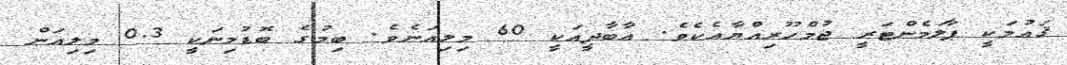
ޤައުމަކީ ޕާލަމެންޓަރީ ޖުމްހޫރިއްޔާއެކެވެ. އާބާދީއަކީ 60 މިލިއަނެވެ. ބިމުގެ ބޮޑުމިނަކީ 0.3 މިލިއަން